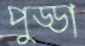
পুড্ডা